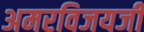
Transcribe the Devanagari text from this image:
अमरविजयजी